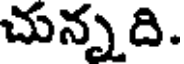
చున్నది.